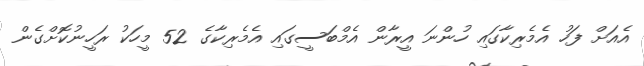
އެއަށް ފަހު އެމެރިކާގައި ހުންނަ އީރާން އެމްބަސީގައި އެމެރިކާގެ 52 މީހަކު ރަހީނުކޮށްގެން